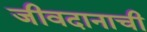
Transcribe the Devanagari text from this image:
जीवदानाची